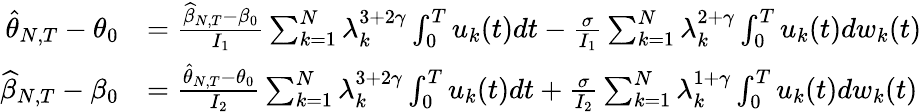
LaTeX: \begin{array}{rl}{\widehat{\theta}_{N,T}-\theta_{0}}&{=\frac{\widehat{\beta}_{N,T}-\beta_{0}}{I_{1}}\sum_{k=1}^{N}\lambda_{k}^{3+2\gamma}\int_{0}^{T}u_{k}(t)dt-\frac{\sigma}{I_{1}}\sum_{k=1}^{N}\lambda_{k}^{2+\gamma}\int_{0}^{T}u_{k}(t)dw_{k}(t)}\\ {\widehat{\beta}_{N,T}-\beta_{0}}&{=\frac{\widehat{\theta}_{N,T}-\theta_{0}}{I_{2}}\sum_{k=1}^{N}\lambda_{k}^{3+2\gamma}\int_{0}^{T}u_{k}(t)dt+\frac{\sigma}{I_{2}}\sum_{k=1}^{N}\lambda_{k}^{1+\gamma}\int_{0}^{T}u_{k}(t)dw_{k}(t)}\end{array}